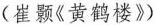
(崔颢《黄鹤楼》)